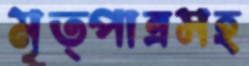
মৃত্পাত্রসহ